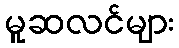
မူဆလင်များ